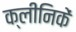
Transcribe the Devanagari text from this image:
क्लीनिकें